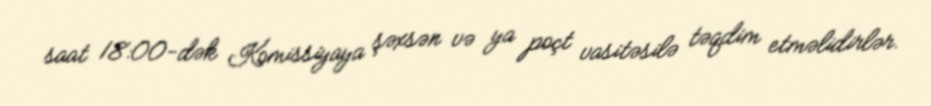
saat 18:00-dək Komissiyaya şəxsən və ya poçt vasitəsilə təqdim etməlidirlər.